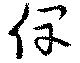
俾